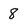
Character: 8